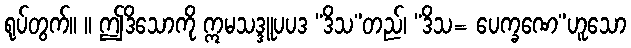
ရုပ်တွက်။ ။ ဤဒိသောကို ဣမသဒ္ဒူပပဒ “ဒိသ”တည်၊ “ဒိသ= ပေက္ခဏေ”ဟူသော